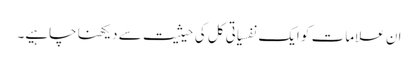
ان علامات کو ایک نفسیاتی کل کی حیثیت سے دیکھنا چاہیے۔